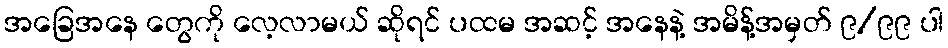
အခြေအနေ တွေကို လေ့လာမယ် ဆိုရင် ပထမ အဆင့် အနေနဲ့ အမိန့်အမှတ် ၉/၉၉ ပါ